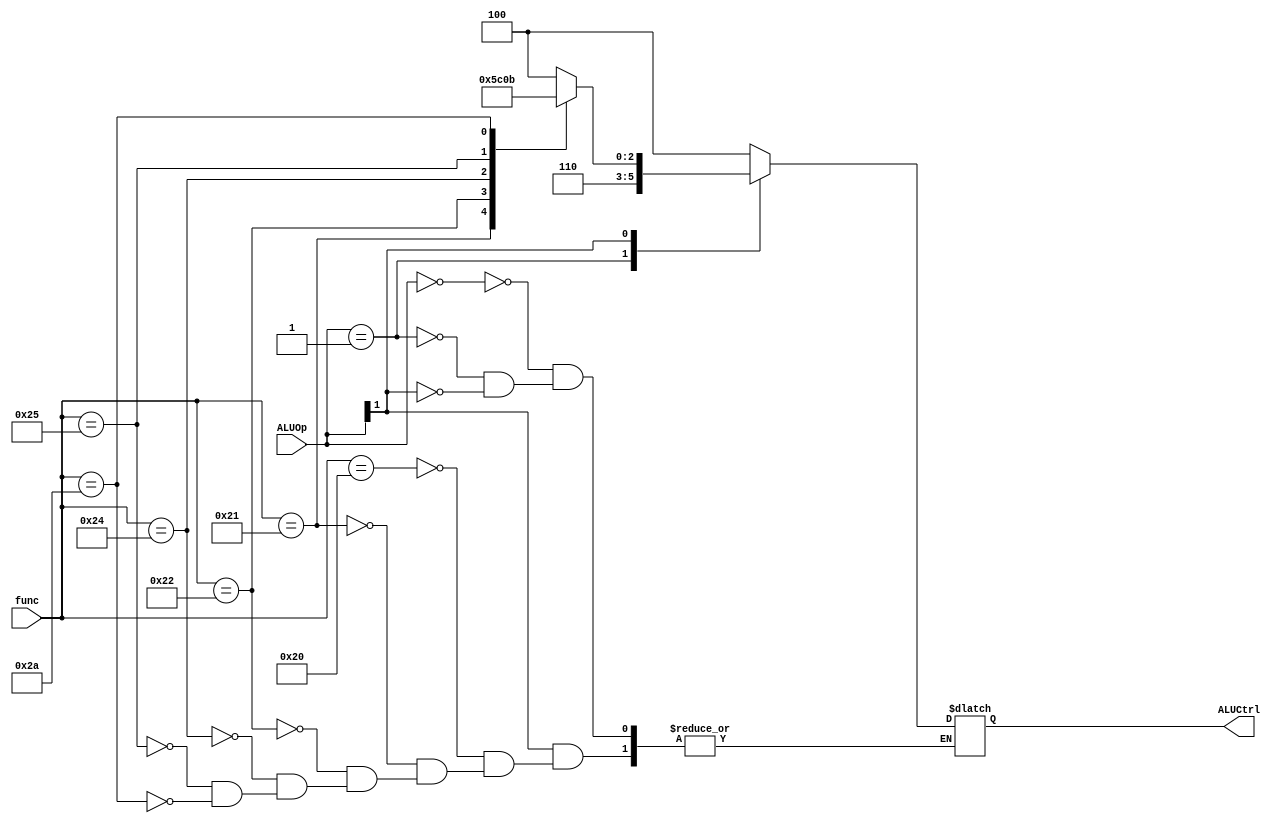
module ALU_CU (ALUOp,func,ALUCtrl);
input [5:0] func;
input [1:0] ALUOp;
output reg [2:0] ALUCtrl;

always @(func or ALUOp) begin
    casex(ALUOp) 
        2'b00: ALUCtrl <= 100;
        2'b01: ALUCtrl <= 110;
        2'b1x: begin
          case (func)
            6'b100000: ALUCtrl <= 100;
            6'b100001: ALUCtrl <= 101;
            6'b100010: ALUCtrl <= 110;
            6'b100100: ALUCtrl <= 000;
            6'b100101: ALUCtrl <= 001;
            6'b101010: ALUCtrl <= 011;
          endcase
        end
    endcase
end
endmodule